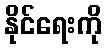
နိုင်ရေးကို